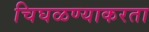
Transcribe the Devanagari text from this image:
चिघळण्याकरता